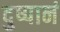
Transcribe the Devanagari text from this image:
दुष्पानं